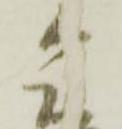
令